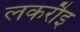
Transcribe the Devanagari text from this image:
लकरौइ